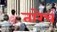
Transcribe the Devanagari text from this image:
तारेचं